Source: Handwritten
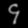
Digit: ၄ (4)